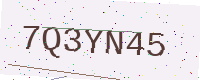
Text: 7Q3YN45